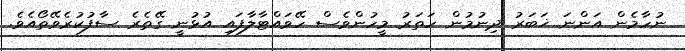
ނުހާމެން އަންނަ ޚަބަރު ދިނުމުން ހަތަރު މީހުންވެސް ހޭވައްޓާލާފައި އުޅުނީ ގޭތެރެ ސާފުކުރެވޭތޯއެވެ.